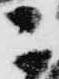
ニ